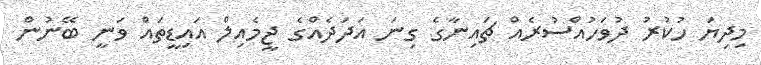
މިދިޔަ ހުކުރު ދުވަހުއްސުރެއް ޗައިނާގެ ގިނަ އަދަދެއްގެ ޖީމެއިލް އައިޑީތައް ވަނީ ބޭނުން